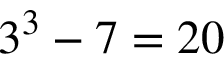
3 ^ { 3 } - 7 = 2 0